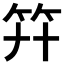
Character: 𥫲